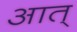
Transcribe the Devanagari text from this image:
आत्